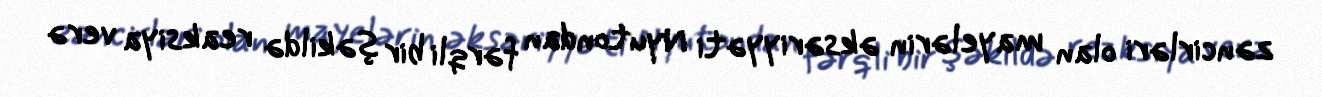
zəncirləri olan mayelərin əksəriyyəti Nyutondan fərqli bir şəkildə reaksiya verə